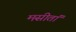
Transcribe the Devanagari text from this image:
मसीतां